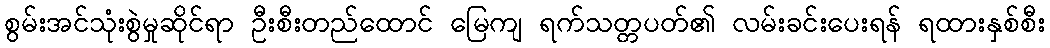
စွမ်းအင်သုံးစွဲမှုဆိုင်ရာ ဦးစီးတည်ထောင် မြေကျ ရက်သတ္တပတ်၏ လမ်းခင်းပေးရန် ရထားနှစ်စီး